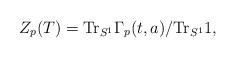
LaTeX: \begin{align*}Z_p(T) = \mbox{Tr}_{S^1}\Gamma_p(t,a)/\mbox{Tr}_{S^1} 1,\end{align*}